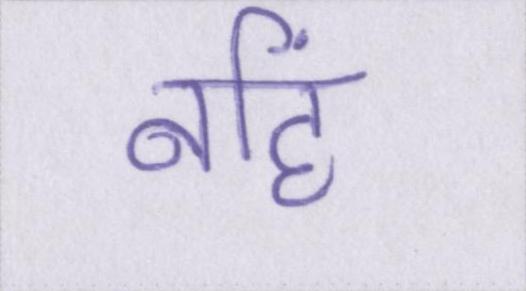
नहिं